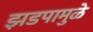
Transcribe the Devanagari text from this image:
झडपामुळे